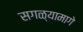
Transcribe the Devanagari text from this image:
सगळ्यामागे